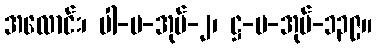
အလောင်း၊ ပါ-ပ-အုပ်-၂၊ ဋ္ဌ-ပ-အုပ်-၁၃၉။